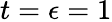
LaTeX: t=\epsilon=1